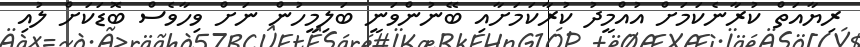
ރިޔާއަތް ކުރާނެކަމަށް އުއްމީދު ކުރާކަމަށާއި ބޭނުންވަނީ ބަލިމީހުން ނަށް ވިހާވެސް ބޮޑަކަށް ލުއި